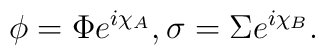
\phi = \Phi e^{i\chi _A},\sigma = \Sigma e^{i\chi _B}.